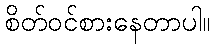
စိတ်ဝင်စားနေတာပါ။